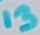
Text: 13